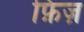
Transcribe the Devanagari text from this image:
फ़िज़